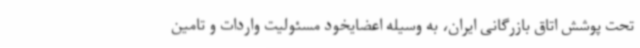
تحت پوشش اتاق بازرگانی ایران، به وسیله اعضایخود مسئولیت واردات و تامین